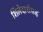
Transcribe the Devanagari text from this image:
शिलेदारांसह